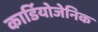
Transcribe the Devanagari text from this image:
कार्डियोजेनिक